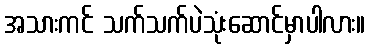
အသားကင် သက်သက်ပဲသုံးဆောင်မှာပါလား။